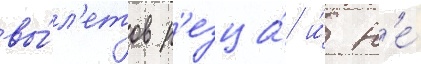
вы́л'етов р'езца́ и́ н'е́